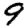
Digit: 9